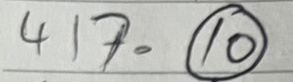
417 = (10)